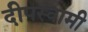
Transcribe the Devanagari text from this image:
दीपस्वामी